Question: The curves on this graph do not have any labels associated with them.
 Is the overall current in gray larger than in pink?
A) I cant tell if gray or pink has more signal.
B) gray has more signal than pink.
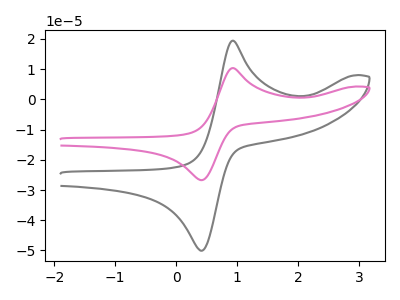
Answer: <think>The gray curve "gray" has an anodic peak at (0.95V, 19.45uA) and a cathodic peak at (0.40V, -50.05uA). The pink curve "pink" has an anodic peak at (0.95V, 10.35uA) and a cathodic peak at (0.40V, -26.70uA).
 All the peaks in "gray" have a peak in "pink" at the same potential. Every peak in "gray" is higher than every peak in "pink".</think>
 <answer>B) "gray" has more signal than "pink".</answer>
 <eval>B</eval>